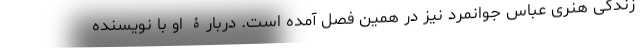
زندگی هنری عباس جوانمرد نیز در همین فصل آمده است. دربارۀ او با نویسنده